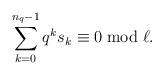
LaTeX: \begin{align*}\sum_{k=0}^{n_q-1} q^ks_k\equiv 0 \bmod{\ell}.\end{align*}